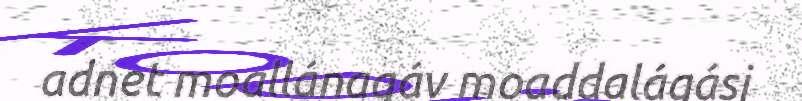
adnet moallánagáv moaddalágásj